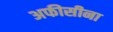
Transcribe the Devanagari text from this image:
अफीसीना